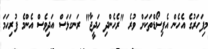
މިފަހަރުގެ އެހެން އެޕިސޯޑްތަކަށް ވުރެ "ރެހެންދި ހަދީޖާ" ރަނގަޅަސް އަދިވެސް އެންމެ ފުރިހަމަ